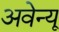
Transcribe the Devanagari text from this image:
अवेन्यू